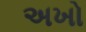
અખો